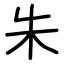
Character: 朱